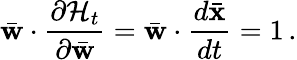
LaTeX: \bar{\mathbf w}\cdot\frac{\partial{\cal H}_{t}}{\partial\bar{\mathbf w}}=\bar{\mathbf w}\cdot\frac{d\bar{\mathbf x}}{dt}=1\, .